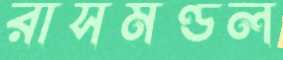
রাসমণ্ডল